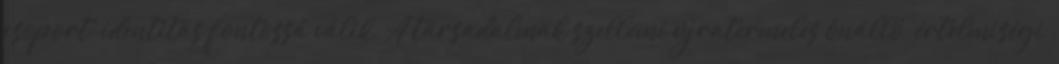
csoport-identitás fontossá válik, A társadalmak szellemi újratermelés önálló „értelmiségi”